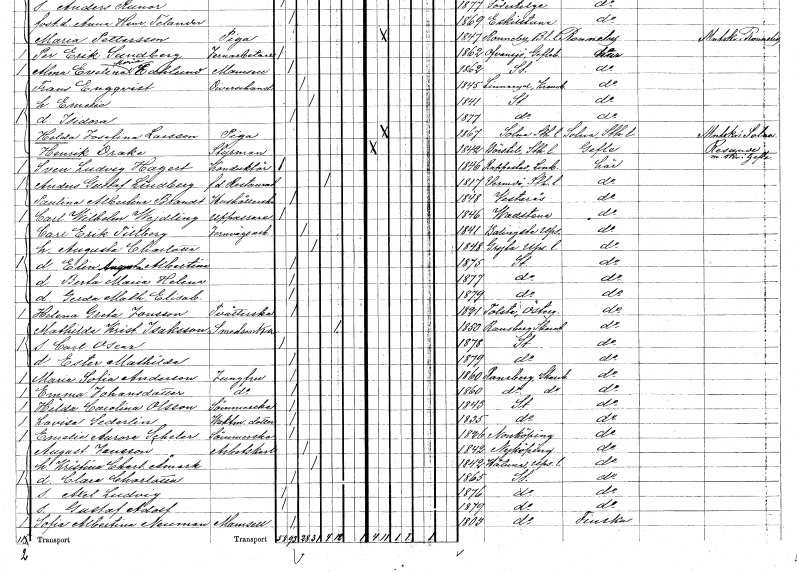
gt_parse: households: individuals: FN: Carl Wilhelm
EN: Wejdling
YRKE: Uppassare
KON: M
CIV: O
FODAR: 1846
FODFORS: Vadstena Östergötlands län
FN: Carl Erik
EN: Tillberg
YRKE: Järnvägsarbetare
KON: M
CIV: G
FODAR: 1841
FODFORS: Balingsta Uppsala län
FN: Augusta Charlotta
KON: K
CIV: G
FODAR: 1848
FODFORS: Gryta Uppsala län
FN: Elin Augusta Albertina
KON: K
CIV: O
FODAR: 1875
FODFORS: Stockholm
FN: Berta Maria Helena
KON: K
CIV: O
FODAR: 1877
FODFORS: Stockholm
FN: Gerda Mathilda Elisabet
KON: K
CIV: O
FODAR: 1879
FODFORS: Stockholm
FN: Helena Greta
EN: Jonsson
YRKE: Tvätterska
KON: K
CIV: O
FODAR: 1821
FODFORS: Tollstad Östergötlands län
FN: Mathilda Kristina
EN: Isaksson
YRKE: Smedsänka
KON: K
CIV: E
FODAR: 1850
FODFORS: Ransberg Skaraborgs län
FN: Carl Oscar
KON: M
CIV: O
FODAR: 1878
FODFORS: Stockholm
FN: Ester Mathilda
KON: K
CIV: O
FODAR: 1879
FODFORS: Stockholm
FN: Maria Sofia
EN: Anderson
YRKE: Jungfru
KON: K
CIV: O
FODAR: 1860
FODFORS: Ransberg Skaraborgs län
FN: Emma
EN: Johansdotter
YRKE: Jungfru
KON: K
CIV: O
FODAR: 1860
FODFORS: Ransberg Skaraborgs län
FN: Hilda Carolina
EN: Olsson
YRKE: Sömmerska
KON: K
CIV: O
FODAR: 1843
FODFORS: Stockholm
FN: Lovisa
EN: Sederlin
YRKE: Vaktmästaredotter
KON: K
CIV: O
FODAR: 1835
FODFORS: Stockholm
FN: Emelie Aurora
EN: Scheler
YRKE: Sömmerska
KON: K
CIV: O
FODAR: 1826
FODFORS: Norrköping Östergötlands län
FN: August
EN: Jansson
YRKE: Arbetskarl
KON: M
CIV: G
FODAR: 1842
FODFORS: Nyköping Södermanlands län
FN: Kristina Charlotta
EN: Åmark
KON: K
CIV: G
FODAR: 1842
FODFORS: Håtuna Stockholms län
FN: Clara Charlotta
KON: K
CIV: O
FODAR: 1865
FODFORS: Stockholm
FN: Axel Ludvig
KON: M
CIV: O
FODAR: 1876
FODFORS: Stockholm
FN: Gustaf Adolf
KON: M
CIV: O
FODAR: 1879
FODFORS: Stockholm
FN: Sofia Albertina
EN: Neuman
KON: K
CIV: O
FODAR: 1803
FODFORS: Stockholm